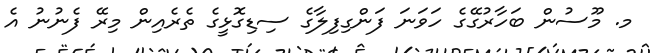
މ. މޫސުން ބަހާރުގޭގެ ހަވަނަ ފަންގިފިލާގެ ސިޑިގޮޅީގެ ތެރެއިން މިރޭ ފެނުނު އެ